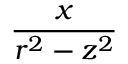
\frac { x } { r ^ { 2 } - z ^ { 2 } }